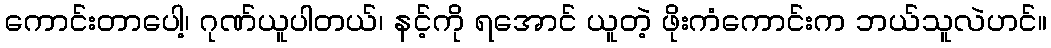
ကောင်းတာပေါ့၊ ဂုဏ်ယူပါတယ်၊ နင့်ကို ရအောင် ယူတဲ့ ဖိုးကံကောင်းက ဘယ်သူလဲဟင်။